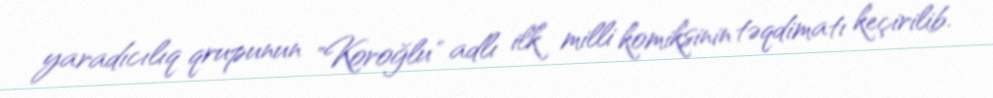
yaradıcılıq qrupunun "Koroğlu" adlı ilk milli komiksinin təqdimatı keçirilib.